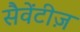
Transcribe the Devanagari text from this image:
सैवेंटीज़